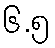
၆.၅